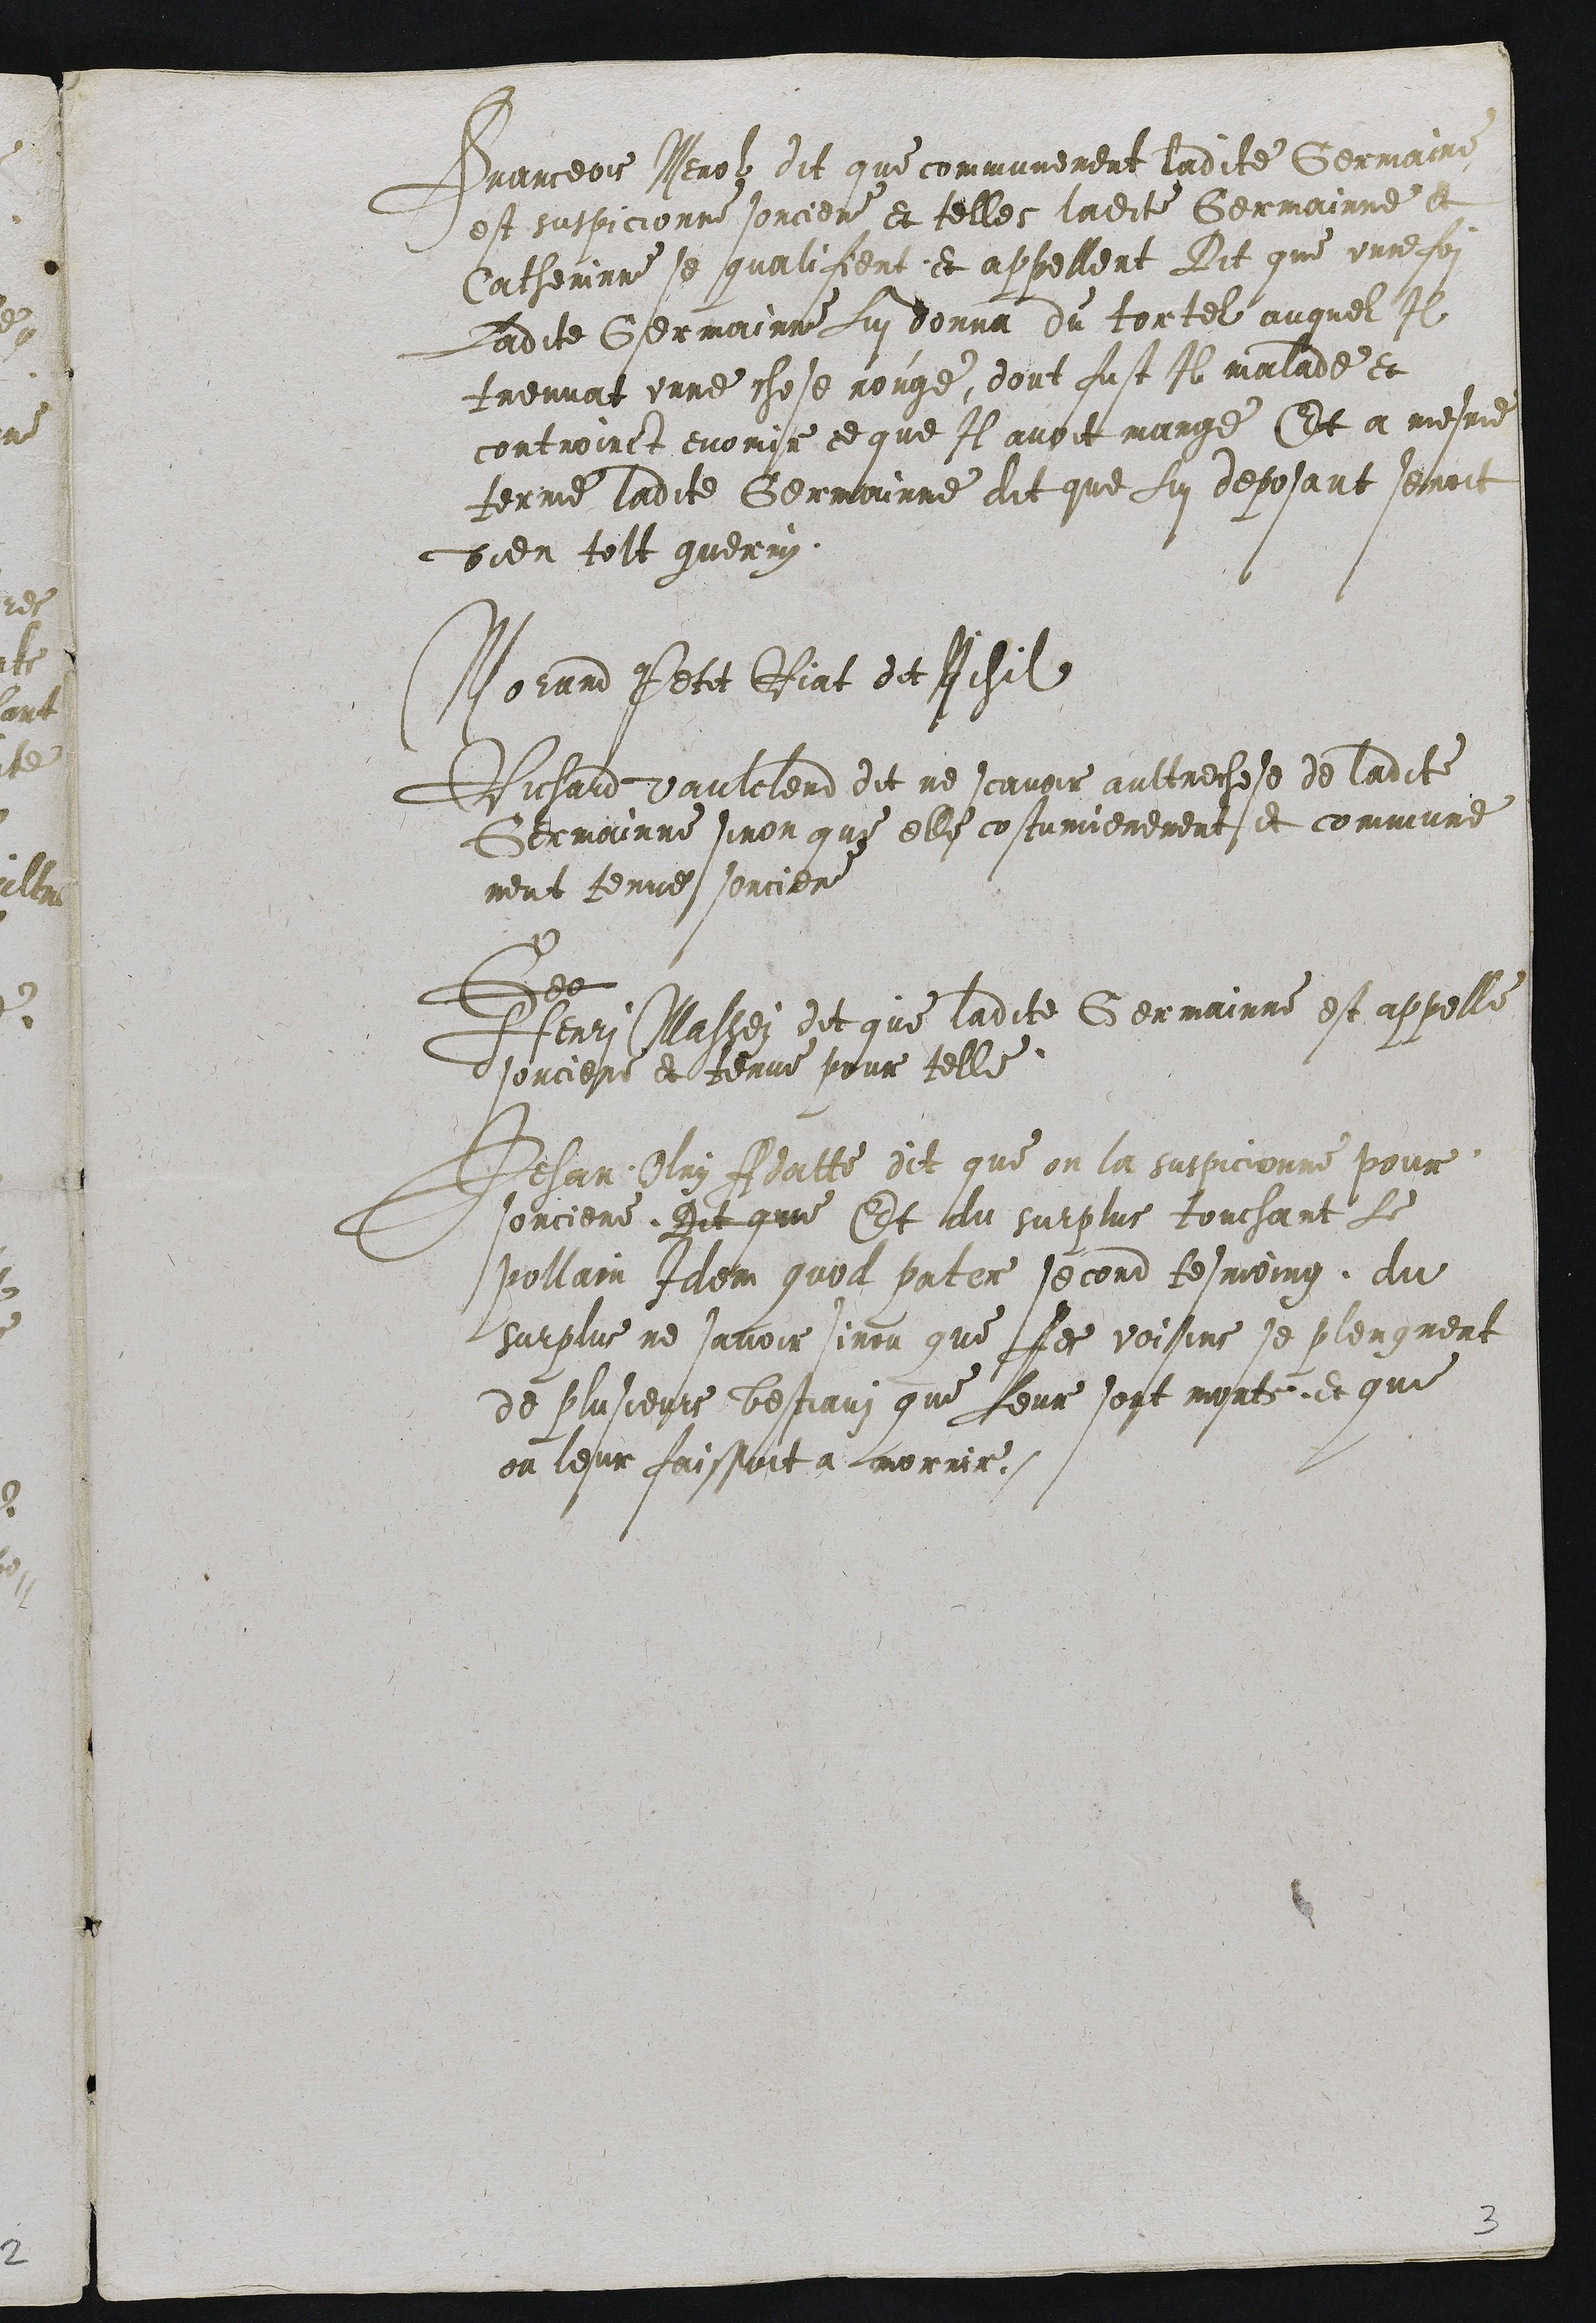
Pranceois Merolz dit que communement ladite Germaine
est suspicionne sorciere et telles ladite Germainne et
Catherinne se qualifient et appellent Dit que unne foi
Ladite Germainne Lui donna du tortel auquel Il
treuvat unne chose rouge, dont fust Il malade et
controinct enomir ce que Il avoit mange Et a mesme
terme ladite Germainne dit que Lui deposant senoit
dien tolt guerry.

Morand Petit Riat det Nehil
Richard daulclerd dit ne scavoir aultrechese de ladite
Germainne sinon que elle costumierement et commune
ment tenue sorciere
Tes
Henri Classei dit que ladite Germainne est appelle
dsorciere et tenue pour telle
Jehan Olry Adatte dit que on la suspicionne pour
sorciere. Dit que Et du surplus touchant Le
pollain filei quoll pater second tesmoing, du
surplus ne savoir sinou que Les voisins se plengnent
de plusieurs bestiauz que Leur sont morts, et que
on leur faissoit a fmorrir.

2